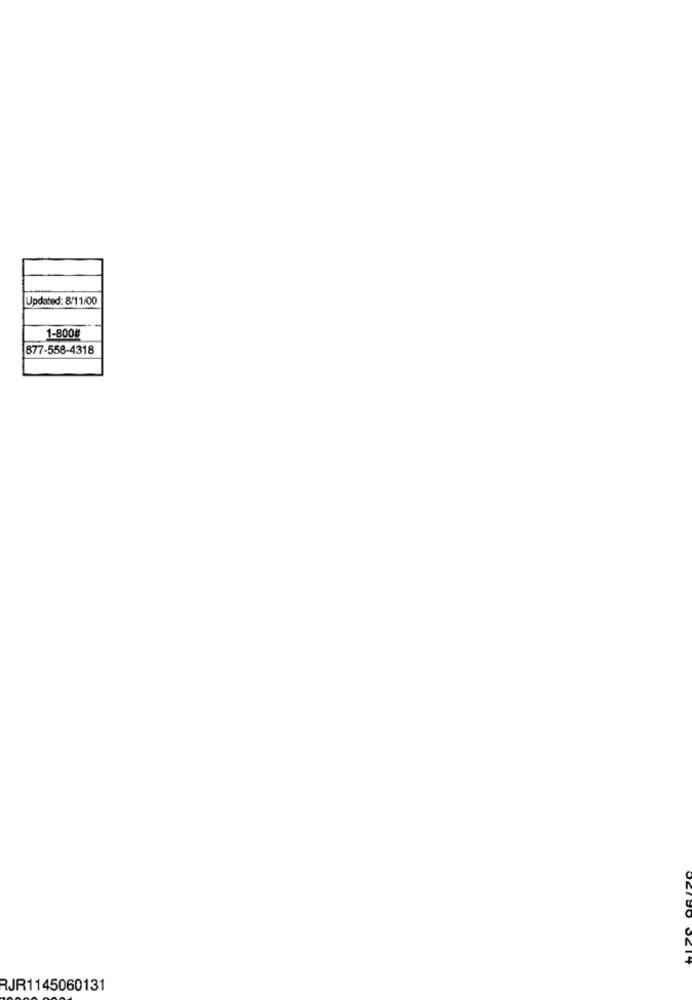
Updated: 8/1 1/00
1-800
877-558-4318
RJR1145060131